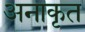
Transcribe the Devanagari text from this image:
अनाकृत